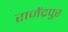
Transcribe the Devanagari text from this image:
राजेंद्रपुर